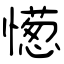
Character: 憽